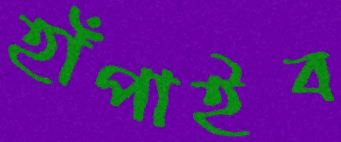
হাঁপাইব